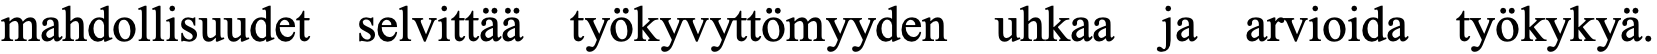
mahdollisuudet selvittää työkyvyttömyyden uhkaa ja arvioida työkykyä.